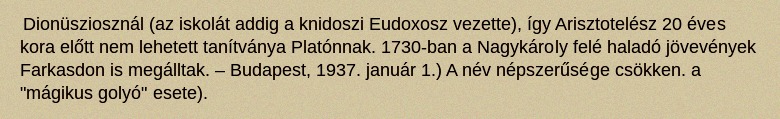
Dionüsziosznál (az iskolát addig a knidoszi Eudoxosz vezette), így Arisztotelész 20 éves kora előtt nem lehetett tanítványa Platónnak. 1730-ban a Nagykároly felé haladó jövevények Farkasdon is megálltak. – Budapest, 1937. január 1.) A név népszerűsége csökken. a "mágikus golyó" esete).